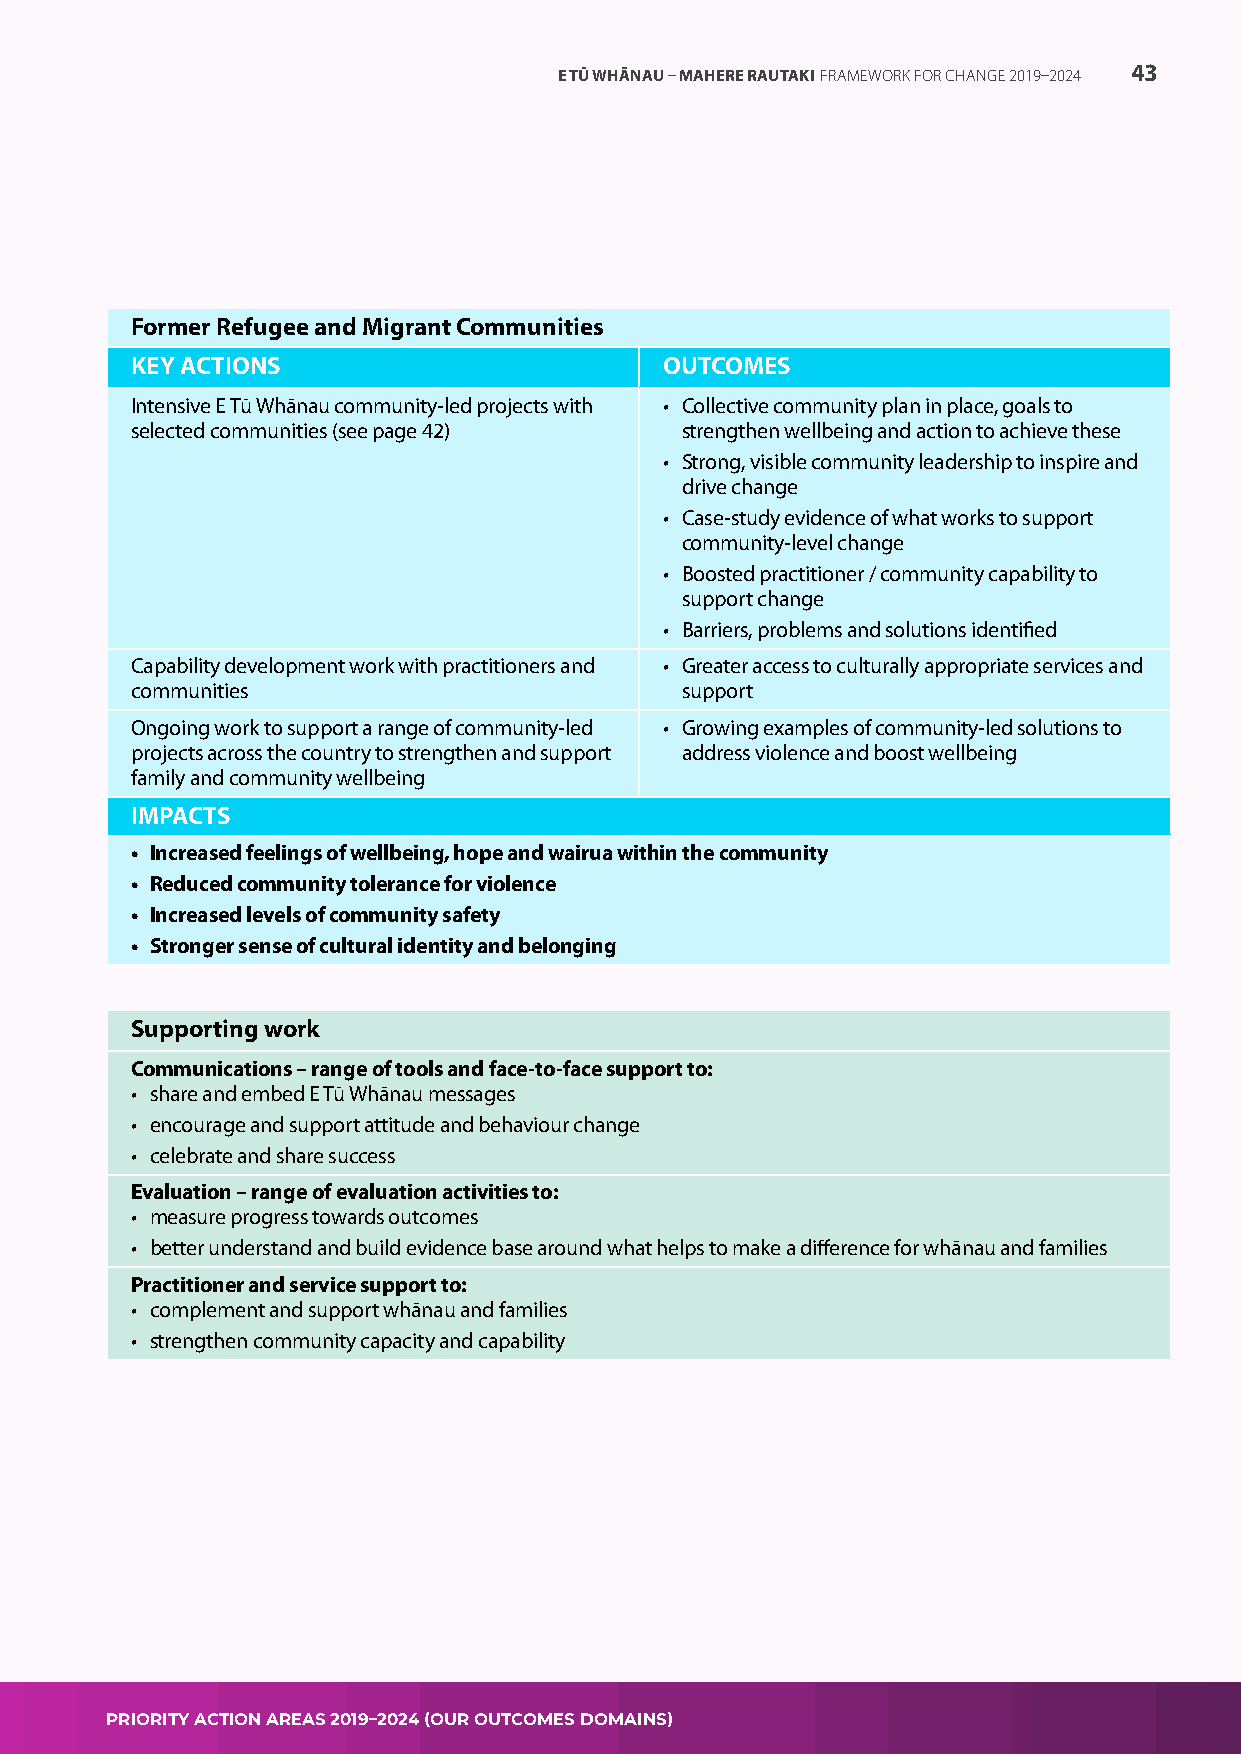
E TŪ WHĀNAU – MAHERE RAUTAKI FRAMEWORK FOR CHANGE 2019–2024 43
 Former Refugee and Migrant Communities
 KEY ACTIONS                        OUTCOMES
 Intensive E Tū Whānau community-led projects with • Collective community plan in place, goals to
 selected communities (see page 42)  strengthen wellbeing and action to achieve these
 • Strong, visible community leadership to inspire and
 drive change
 • Case-study evidence of what works to support
 community-level change
 • Boosted practitioner / community capability to
 support change
 • Barriers, problems and solutions identified
 Capability development work with practitioners and • Greater access to culturally appropriate services and
 communities                         support
 Ongoing work to support a range of community-led • Growing examples of community-led solutions to
 projects across the country to strengthen and support address violence and boost wellbeing
 family and community wellbeing
 IMPACTS
 • Increased feelings of wellbeing, hope and wairua within the community
 • Reduced community tolerance for violence
 • Increased levels of community safety
 • Stronger sense of cultural identity and belonging
 Supporting work
 Communications – range of tools and face-to-face support to:
 • share and embed E Tū Whānau messages
 • encourage and support attitude and behaviour change
 • celebrate and share success
 Evaluation – range of evaluation activities to:
 • measure progress towards outcomes
 • better understand and build evidence base around what helps to make a difference for whānau and families
 Practitioner and service support to:
 • complement and support whānau and families
 • strengthen community capacity and capability
 PRIORITY ACTION AREAS 2019–2024 (OUR OUTCOMES DOMAINS)